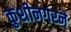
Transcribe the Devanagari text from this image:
कुशीनगरने